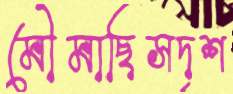
মৌমাছিসদৃশ